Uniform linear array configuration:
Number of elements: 16
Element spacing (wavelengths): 1
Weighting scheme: hann
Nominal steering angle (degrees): -60
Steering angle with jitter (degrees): -60.43
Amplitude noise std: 0.05
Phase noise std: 0.05

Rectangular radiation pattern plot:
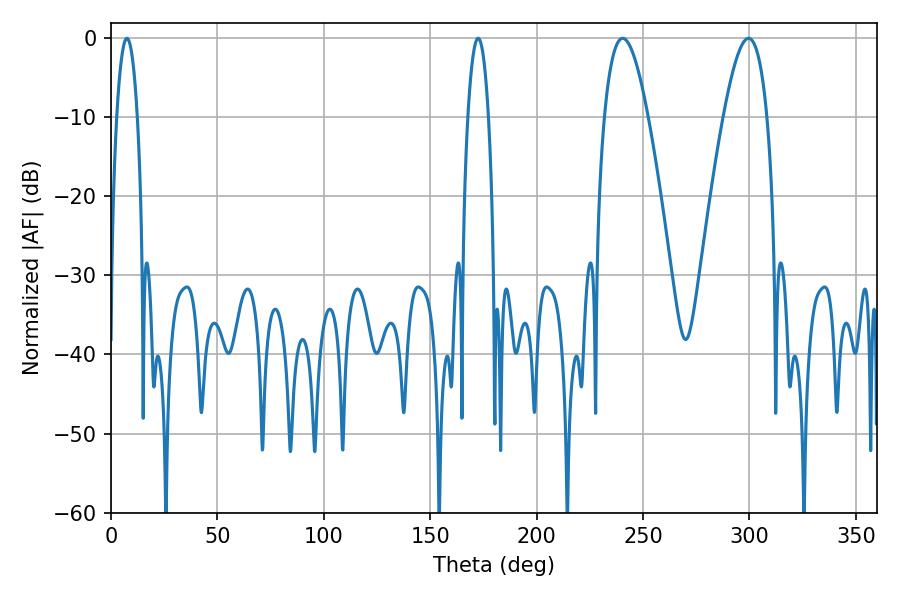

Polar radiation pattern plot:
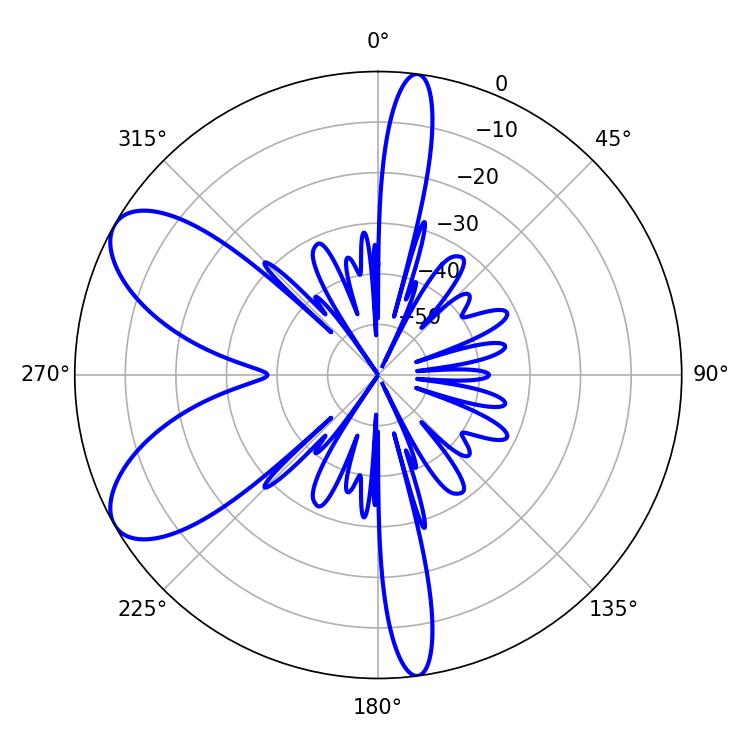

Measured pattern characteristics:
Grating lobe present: TRUE
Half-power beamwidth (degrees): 11.34
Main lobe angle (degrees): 240.48